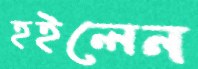
হইলেন